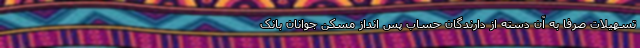
تسهیلات صرفاً به آن دسته از دارندگان حساب پس انداز مسکن جوانان بانک